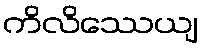
ကိလိဿေယျ